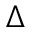
\Delta